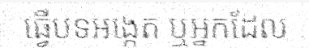
ធ្វើបទអង្កេត ឬអ្នកដែល